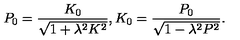
P _ { 0 } = \frac { K _ { 0 } } { \sqrt { 1 + \lambda ^ { 2 } K ^ { 2 } } } , K _ { 0 } = \frac { P _ { 0 } } { \sqrt { 1 - \lambda ^ { 2 } P ^ { 2 } } } .